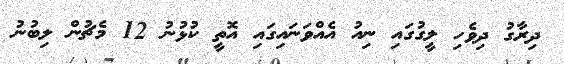
ދިރާގު ދިވެހި ލީގުގައި ނިއު އެއްވަނައިގައި އޮތީ ކުޅުނު 12 މެޗުން ލިބުނު